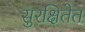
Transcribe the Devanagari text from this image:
सुरक्षितेत